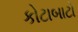
કોટાબાટો